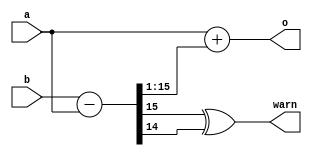
// Phase mean function
// Simple (a+b)/2 gets the high bit wrong.
// The intended typical use case has a approximately equal to b, but that
// could be anyplace around the circle, including on opposite sides of the
// pi/-pi boundary.  This code picks the average point that is inside the
// acute angle between a and b.
module ph_mean(a, b, o, warn);
parameter w=16;
input signed [w-1:0] a, b;
output signed [w-1:0] o;
output warn;
wire signed [w-1:0] d = b - a;
// don't trust synthesizer to handle d/2
assign o = a + $signed({d[w-1],d[w-1:1]});
assign warn = d[w-1] ^ d[w-2];
endmodule